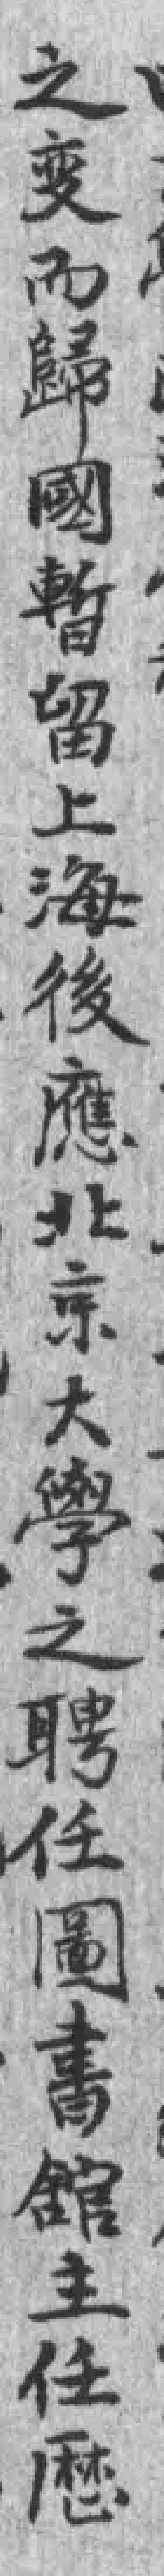
之变而歸國暫留上海後應北京大學之聘任圖書舘主任厯